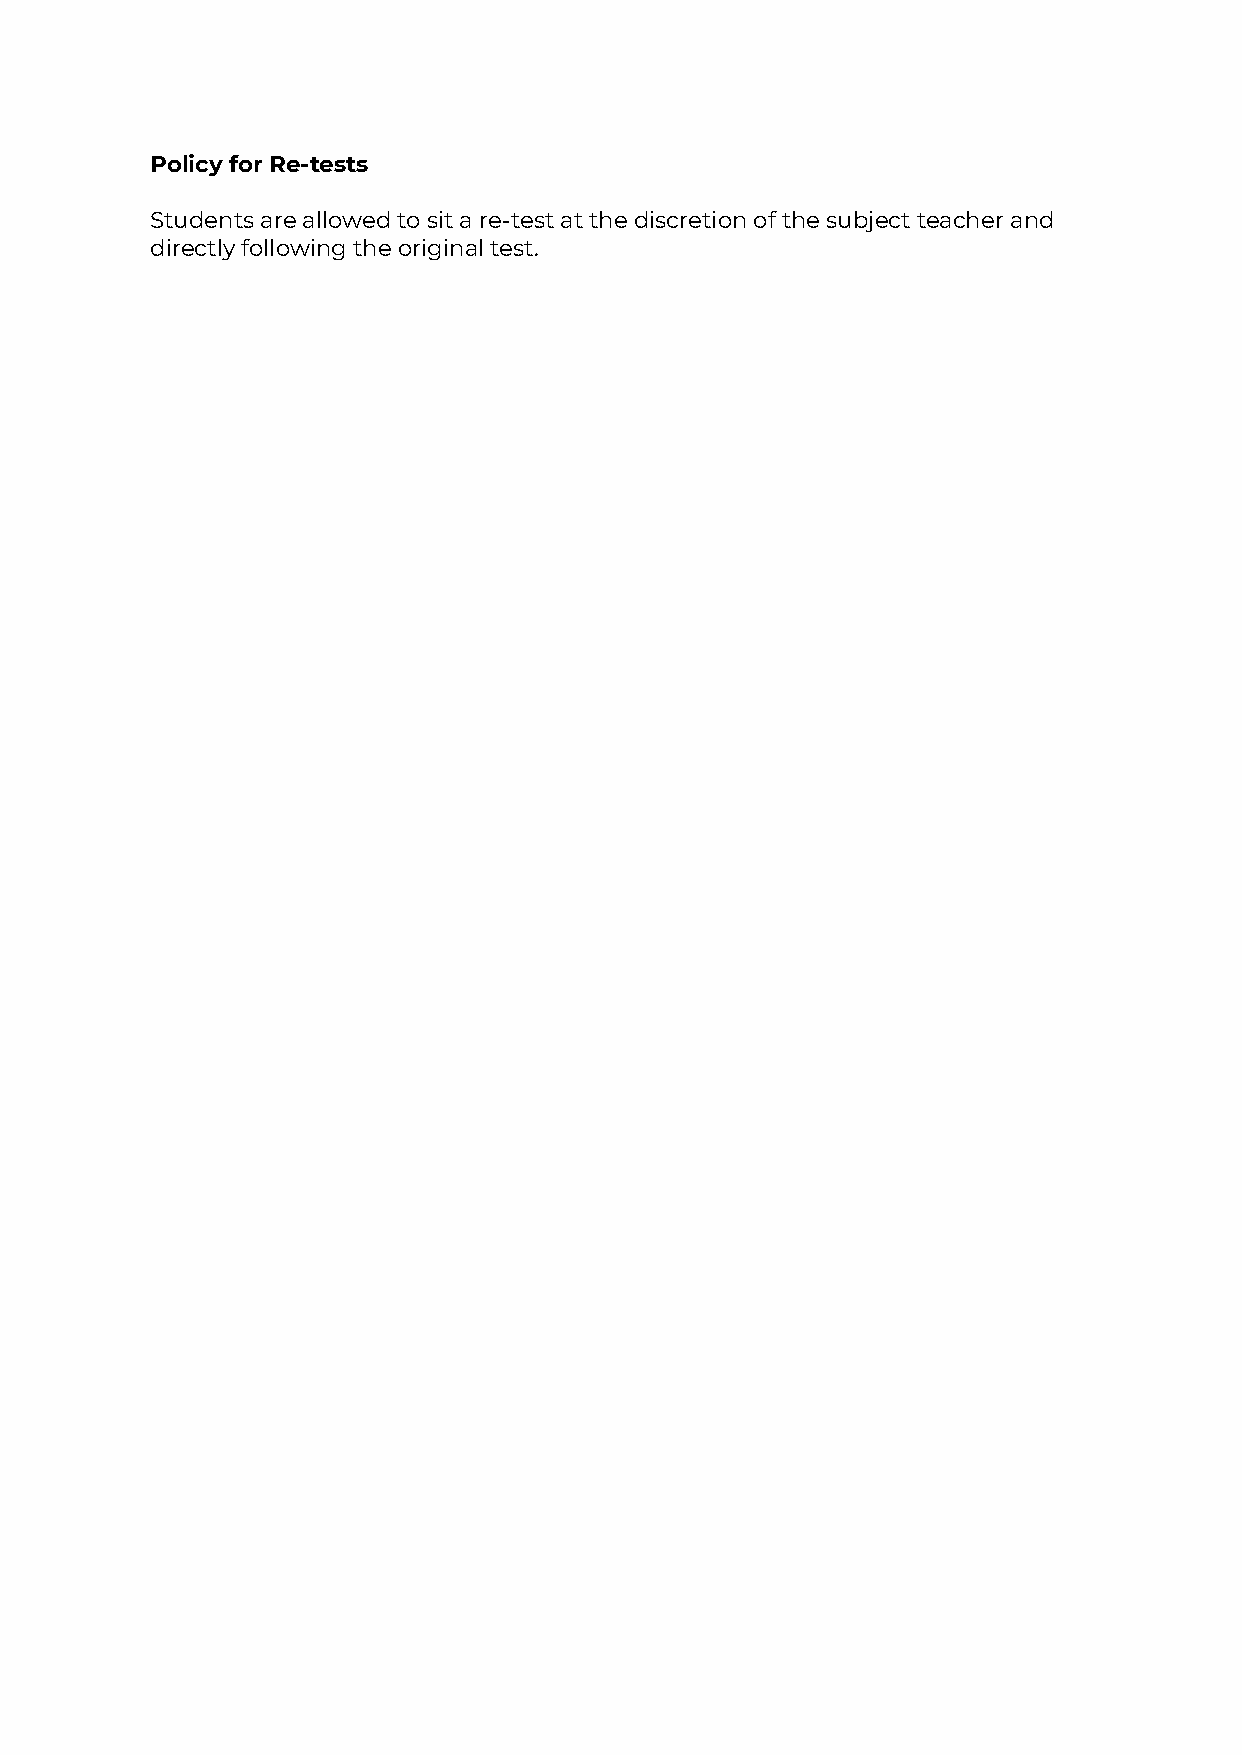
Policy for Re-tests
 Students are allowed to sit a re-test at the discretion of the subject teacher and
 directly following the original test.